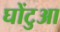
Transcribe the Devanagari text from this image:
घोंटुआ